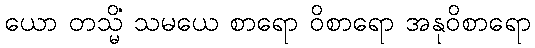
ယော တသ္မိံ သမယေ စာရော ဝိစာရော အနုဝိစာရော